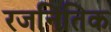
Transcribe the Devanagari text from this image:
रजनितिक